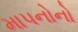
માપનોનો